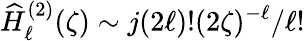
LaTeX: \widehat{H}_{\ell}^{(2)}(\zeta)\sim j(2\ell)!(2\zeta)^{-\ell}/\ell!